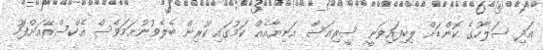
އަދި ސަލާހުގެ ކޮންޑަށް ލިބިފައިވަނީ ސީރިއަސް އަނިޔާއެއް ކަމުގައި ކުރިން ބެލެވުނުނަމަވެސް އެކްސްރޭއަށްފަހު